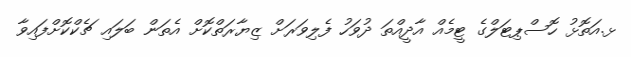
ޅ.އަތޮޅު ހޮސްޕިޓަލްގެ ޓީމެއް އާދީއްތަ ދުވަހު ފެލިވަރަށް ޒިޔާރަތްކޮށް އެތަން ބަލައި ޗެކްކޮށްފައިވާ